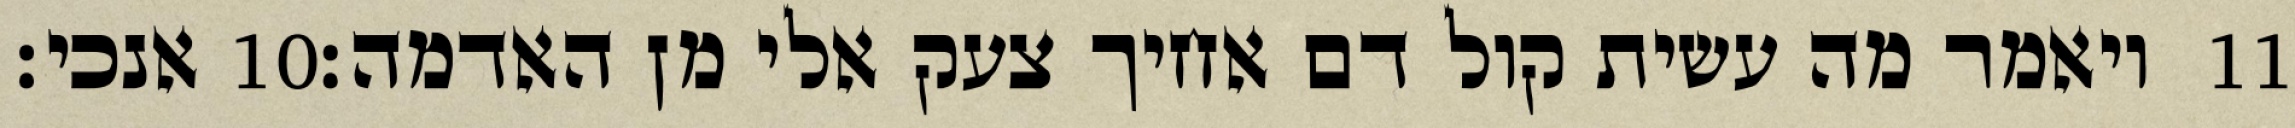
אנכי׃ ‎10‏ ויאמר מה עשית קול דם אחיך צעק אלי מן האדמה׃ ‎11‏